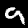
Label: 9